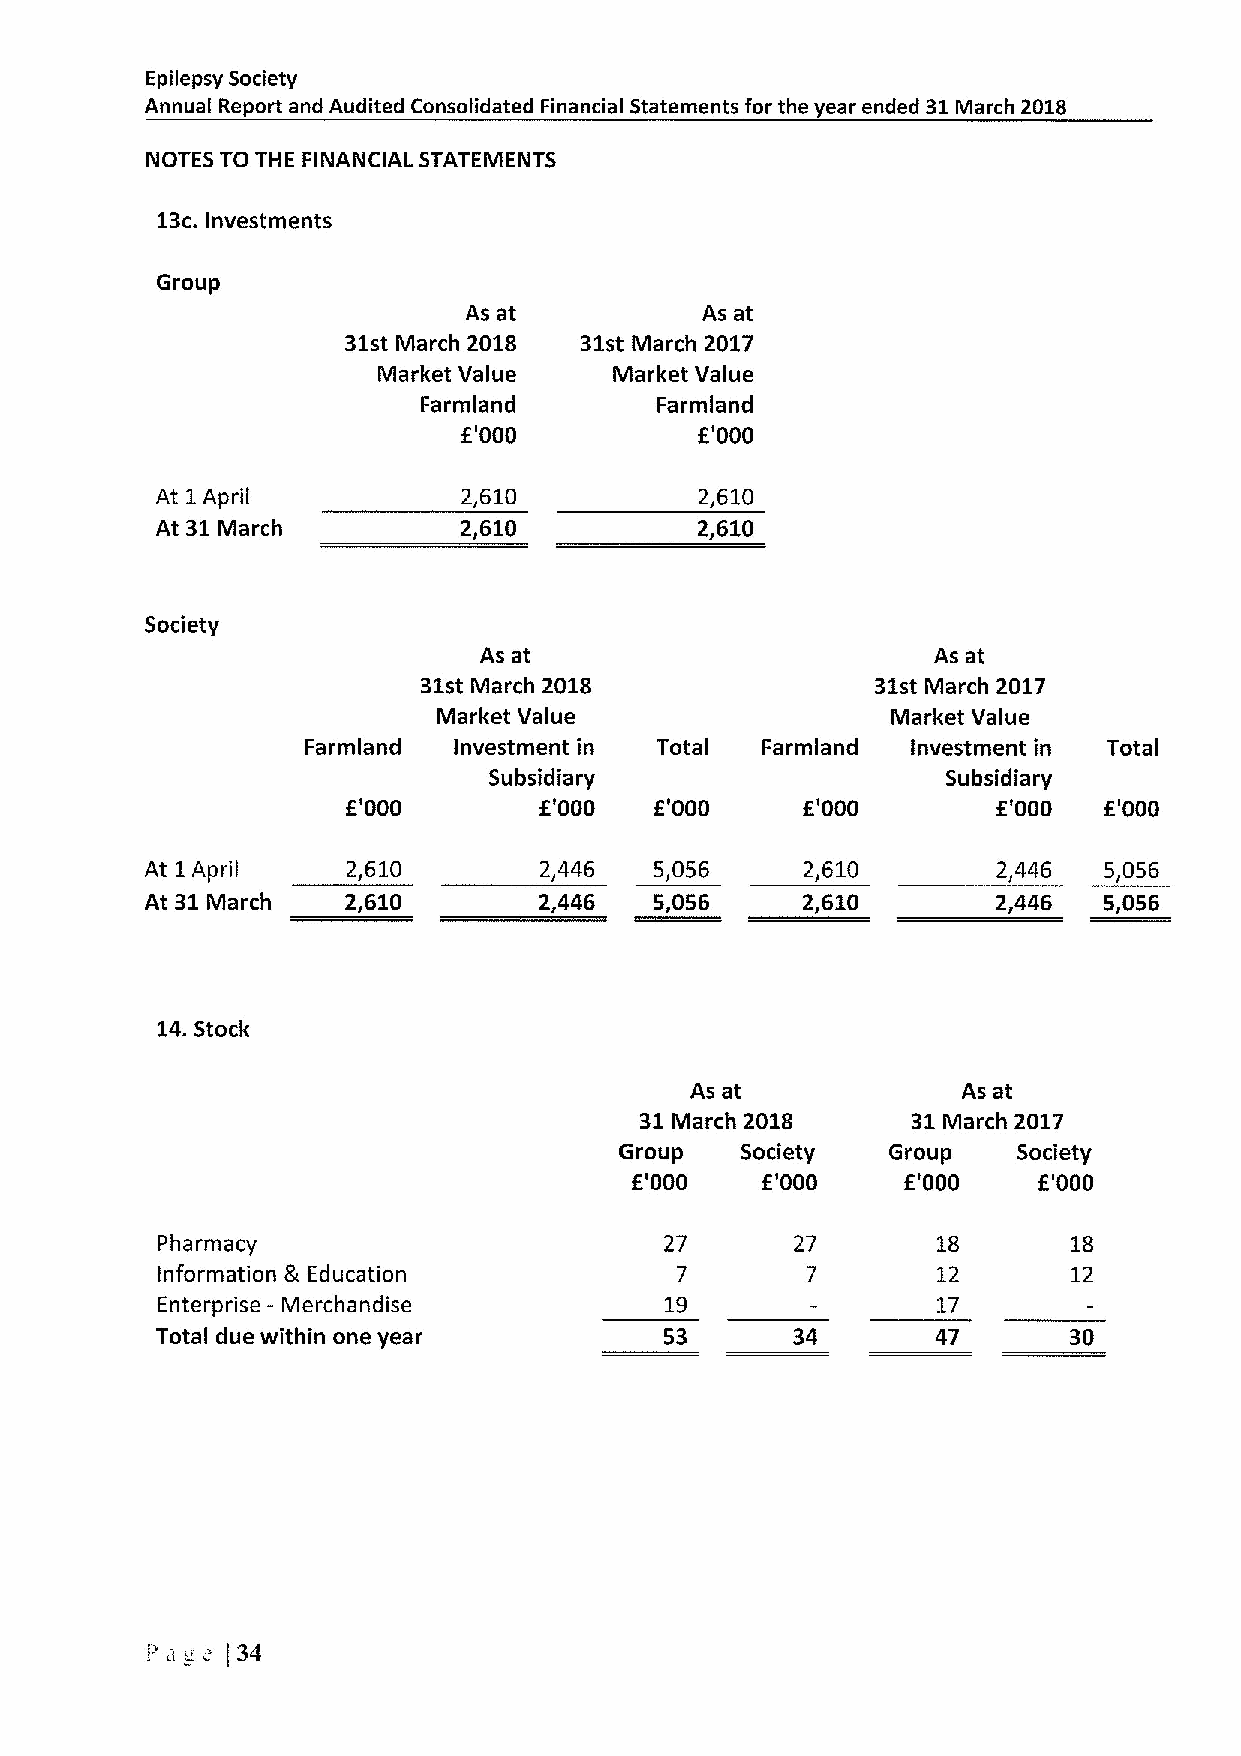
Epilepsy Society
 Annual Report and Audited Consolidated Financial Statements for the year ended 31IVlarch 2018
 NOTES TO THE FINANCIAL STATEMENTS
 13c.Investments
 Group
 As at          As at
 31st March 2018 31st March 2017
 Market Value    Market Value
 Farmland       Farmland
 f'000          f'000
 At 1April            2,610          2,610
 At 31March          2,610           2,610
 Society
 As at                         As at
 31st March 2018               31st March 2017
 Market Value                  IVlarket Value
 Farmland  Investment in Total Farmland  Investment in Total
 Subsidiary                     Subsidiary
 f'000        f'000  f'000     f'000        f'000  f'000
 At 1April    2,610        2,446  5,056     2,610        2,446  5,056
 At 31March   2,610        2,446  5,056     2,610        2,446  5,056
 14.Stock
 As at             As at
 31March 2018      31IVlarch 2017
 Group   Society   Group   Society
 f'000   E'000     f'000    f'000
 Pharmacy                          27       27       18       18
 Information Ik Education           7       7        12       12
 Enterprise- Merchandise           19                17
 Total due within one year         53      34        47       30
 I-'a„«
 i34